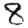
Digit: 8